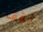
نقف